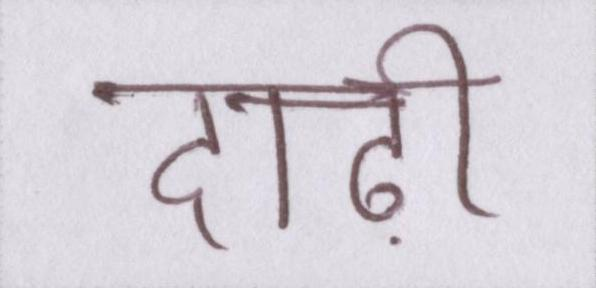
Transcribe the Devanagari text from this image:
दाढ़ी